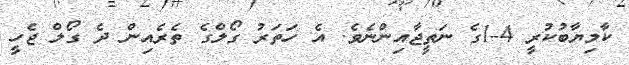
ކާމިޔާބުކުރީ 4-1ގެ ނަތީޖާއިންނެވެ. އެ ހަތަރު ގޯލްގެ ތެރެއިން ދެ ގޯލް ޖެހީ